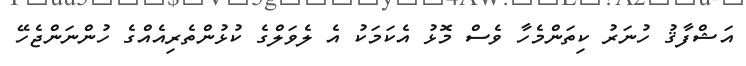
އަޝްފާޤު ހުނަރު ކިތަންމެހާ ވެސް މޮޅު އެކަމަކު އެ ލެވަލްގެ ކުޅުންތެރިއެއްގެ ހުންނަންޖެހޭ